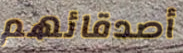
أصدقائهم